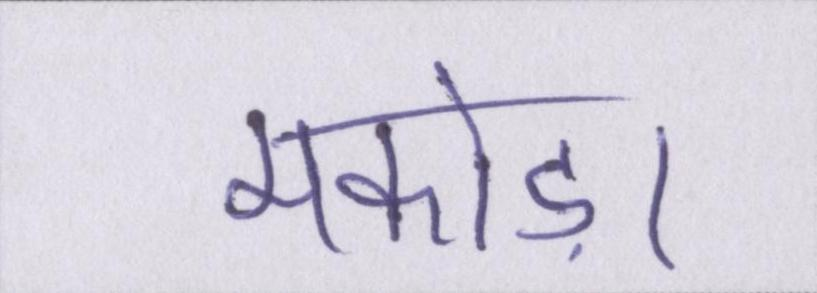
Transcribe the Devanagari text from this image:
मकोड़ा